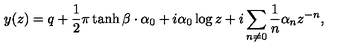
y ( z ) = q + \frac { 1 } { 2 } \pi \tanh \beta \cdot \alpha _ { 0 } + i \alpha _ { 0 } \log z + i \sum _ { n \neq 0 } \frac { 1 } { n } \alpha _ { n } z ^ { - n } ,